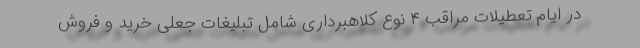
در ایام تعطیلات مراقب ۴ نوع کلاهبرداری شامل تبلیغات جعلی خرید و فروش